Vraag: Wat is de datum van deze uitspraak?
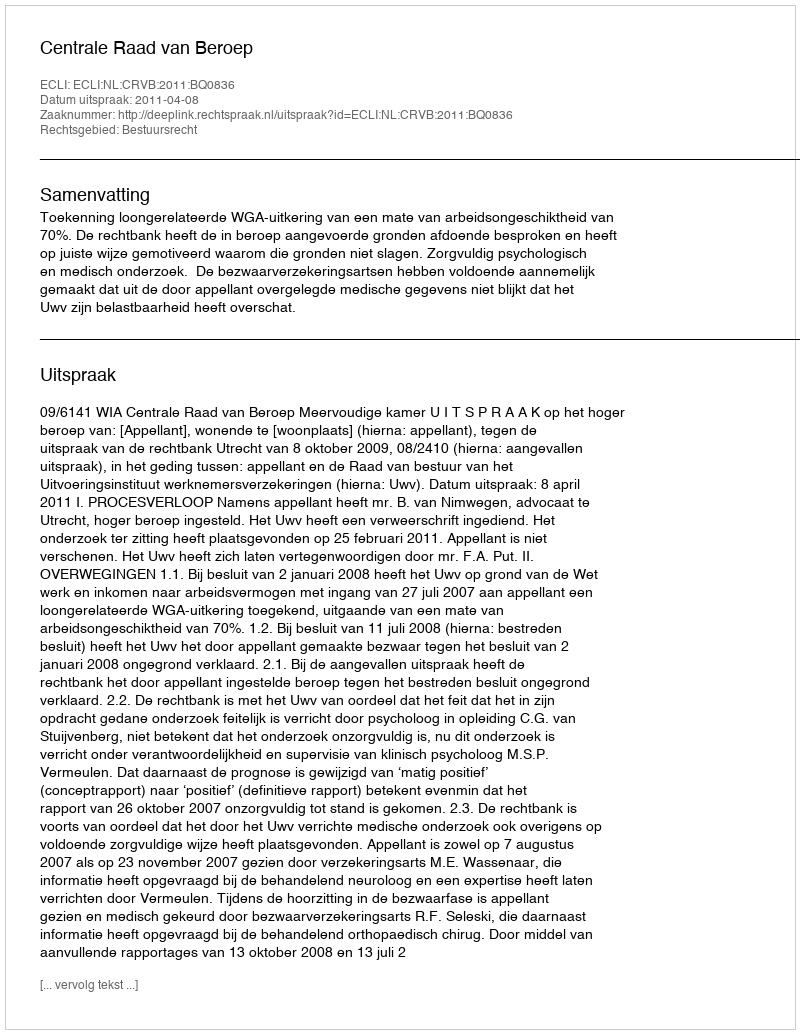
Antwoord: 2011-04-08